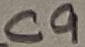
Text: C9